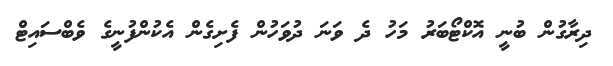
ދިރާގުން ބުނީ އޮކްޓޯބަރު މަހު ދެ ވަނަ ދުވަހުން ފެށިގެން އެކުންފުނީގެ ވެބްސައިޓް